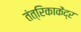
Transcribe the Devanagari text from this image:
तंत्रिकाकेंद्र